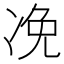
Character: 凂